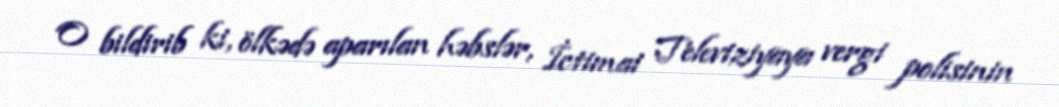
O bildirib ki, ölkədə aparılan həbslər, İctimai Televiziyaya vergi polisinin